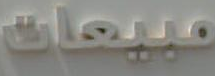
مبيعات